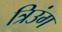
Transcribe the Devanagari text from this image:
त्रिउंग